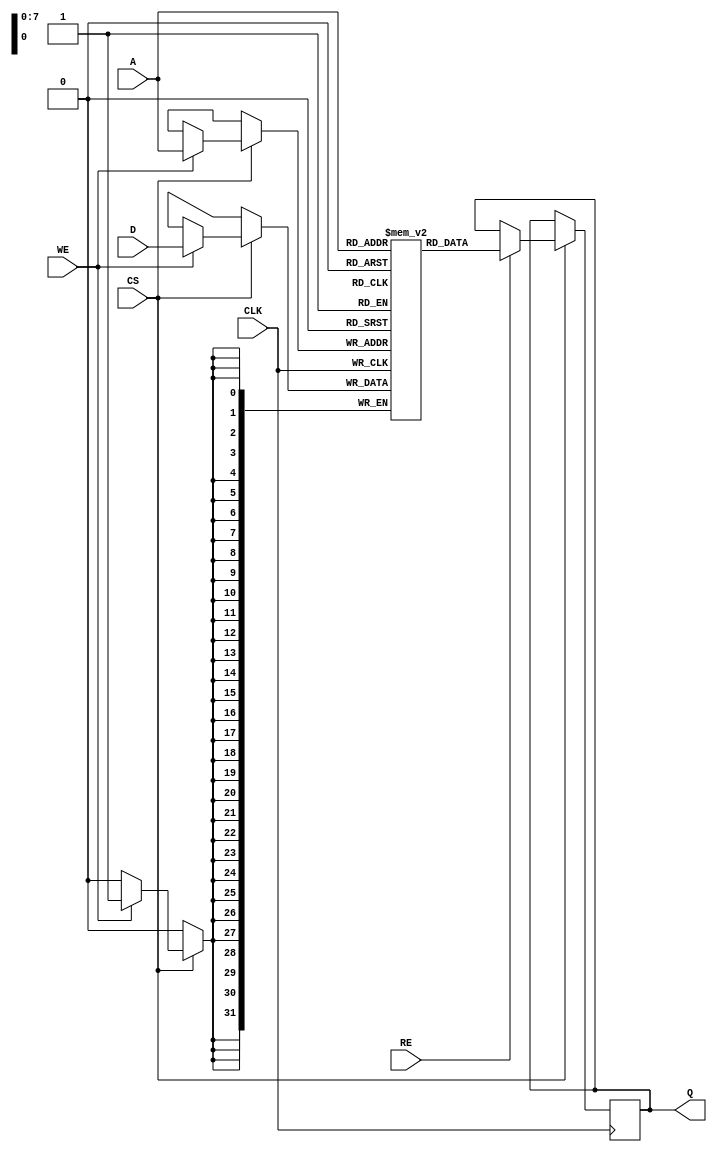
module eSRAM #(
    parameter DATA_WIDTH = 32,  // Width of the data bus (8, 16, 32 bits)
    parameter ADDR_WIDTH = 8     // Width of the address bus (number of rows)
)(
    input wire                  CLK,     // Clock input
    input wire                  CS,      // Chip Select
    input wire                  WE,      // Write Enable
    input wire                  RE,      // Read Enable
    input wire [ADDR_WIDTH-1:0] A,      // Address input
    input wire [DATA_WIDTH-1:0] D,      // Data input
    output reg [DATA_WIDTH-1:0] Q       // Data output
);

    // Memory array declaration
    reg [DATA_WIDTH-1:0] memory [(2**ADDR_WIDTH)-1:0]; // SRAM array

    // Read and Write operations
    always @(posedge CLK) begin
        if (CS) begin
            if (WE) begin
                // Write operation
                memory[A] <= D;
            end
            if (RE) begin
                // Read operation
                Q <= memory[A];
            end
        end
    end

endmodule